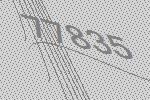
77835